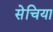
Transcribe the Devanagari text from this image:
सेचिया